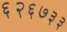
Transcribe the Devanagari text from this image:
६२६७३३